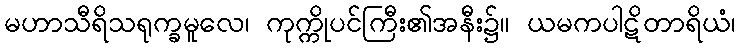
မဟာသီရိသရုက္ခမူလေ၊ ကုက္ကိုပင်ကြီး၏အနီး၌။ ယမကပါဋိတာရိယံ၊